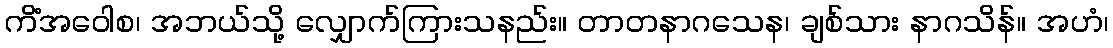
ကိံအဝေါစ၊ အဘယ်သို့ လျှောက်ကြားသနည်း။ တာတနာဂသေန၊ ချစ်သား နာဂသိန်။ အဟံ၊